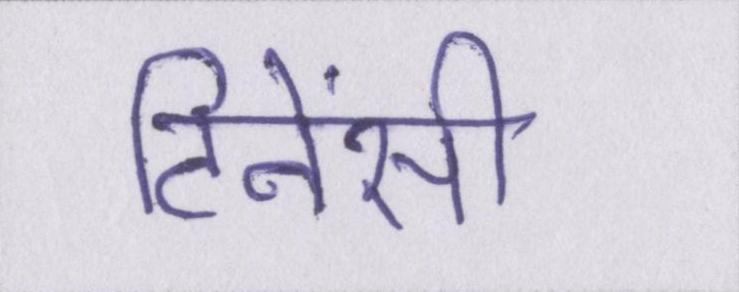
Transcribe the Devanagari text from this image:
टिनेंसी